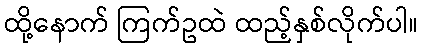
ထို့နောက် ကြက်ဥထဲ ထည့်နှစ်လိုက်ပါ။